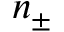
n _ { \pm }